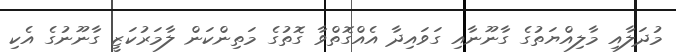
މުދަލާއި މާލިއްޔަތުގެ ގާނޫނާއި ގަވައިދާ އެއްގޮތްވާ ގޮތުގެ މަތިންކަން ލާމަަރުކަޒީ ގާނޫނުގެ އެކި